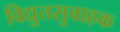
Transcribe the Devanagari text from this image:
विद्युतसुवाहक